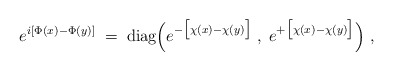
\begin{align*}e^{i[\Phi(x) - \Phi(y) ]} \; = \; \mbox{diag} \Big(e^{ - \big[ \chi(x) - \chi(y) \big]} \; , \;e^{ + \big[ \chi(x) - \chi(y) \big]}\Big) \; ,\end{align*}